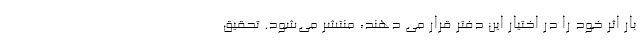
بار اثر خود را در اختیار این دفتر قرار می دهند، منتشر می‌شود. تحقیق